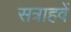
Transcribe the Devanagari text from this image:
सत्राहवें